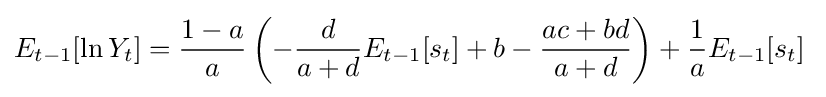
E_{t-1}[\ln {Y_{t}}]={\frac {1-a}{a}}\left(-{\frac {d}{a+d}}E_{t-1}[s_{t}]+b-{\frac {ac+bd}{a+d}}\right)+{\frac {1}{a}}E_{t-1}[s_{t}]\;